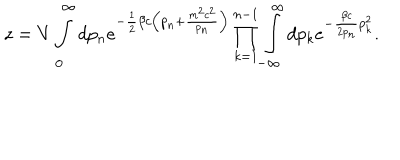
z = V \int _ { 0 } ^ { \infty } d p _ { n } e ^ { - \frac 1 2 \beta c \left( p _ { n } + \frac { m ^ { 2 } c ^ { 2 } } { p _ { n } } \right) } \prod _ { k = 1 } ^ { n - 1 } \int _ { - \infty } ^ { \infty } d p _ { k } e ^ { - \frac { \beta c } { 2 p _ { n } } p _ { k } ^ { 2 } } .